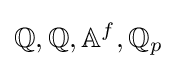
\mathbb {Q} ,\mathbb {Q} ,\mathbb {A} ^{f},\mathbb {Q} _{p}